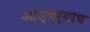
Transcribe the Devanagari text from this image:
आश्चर्याच